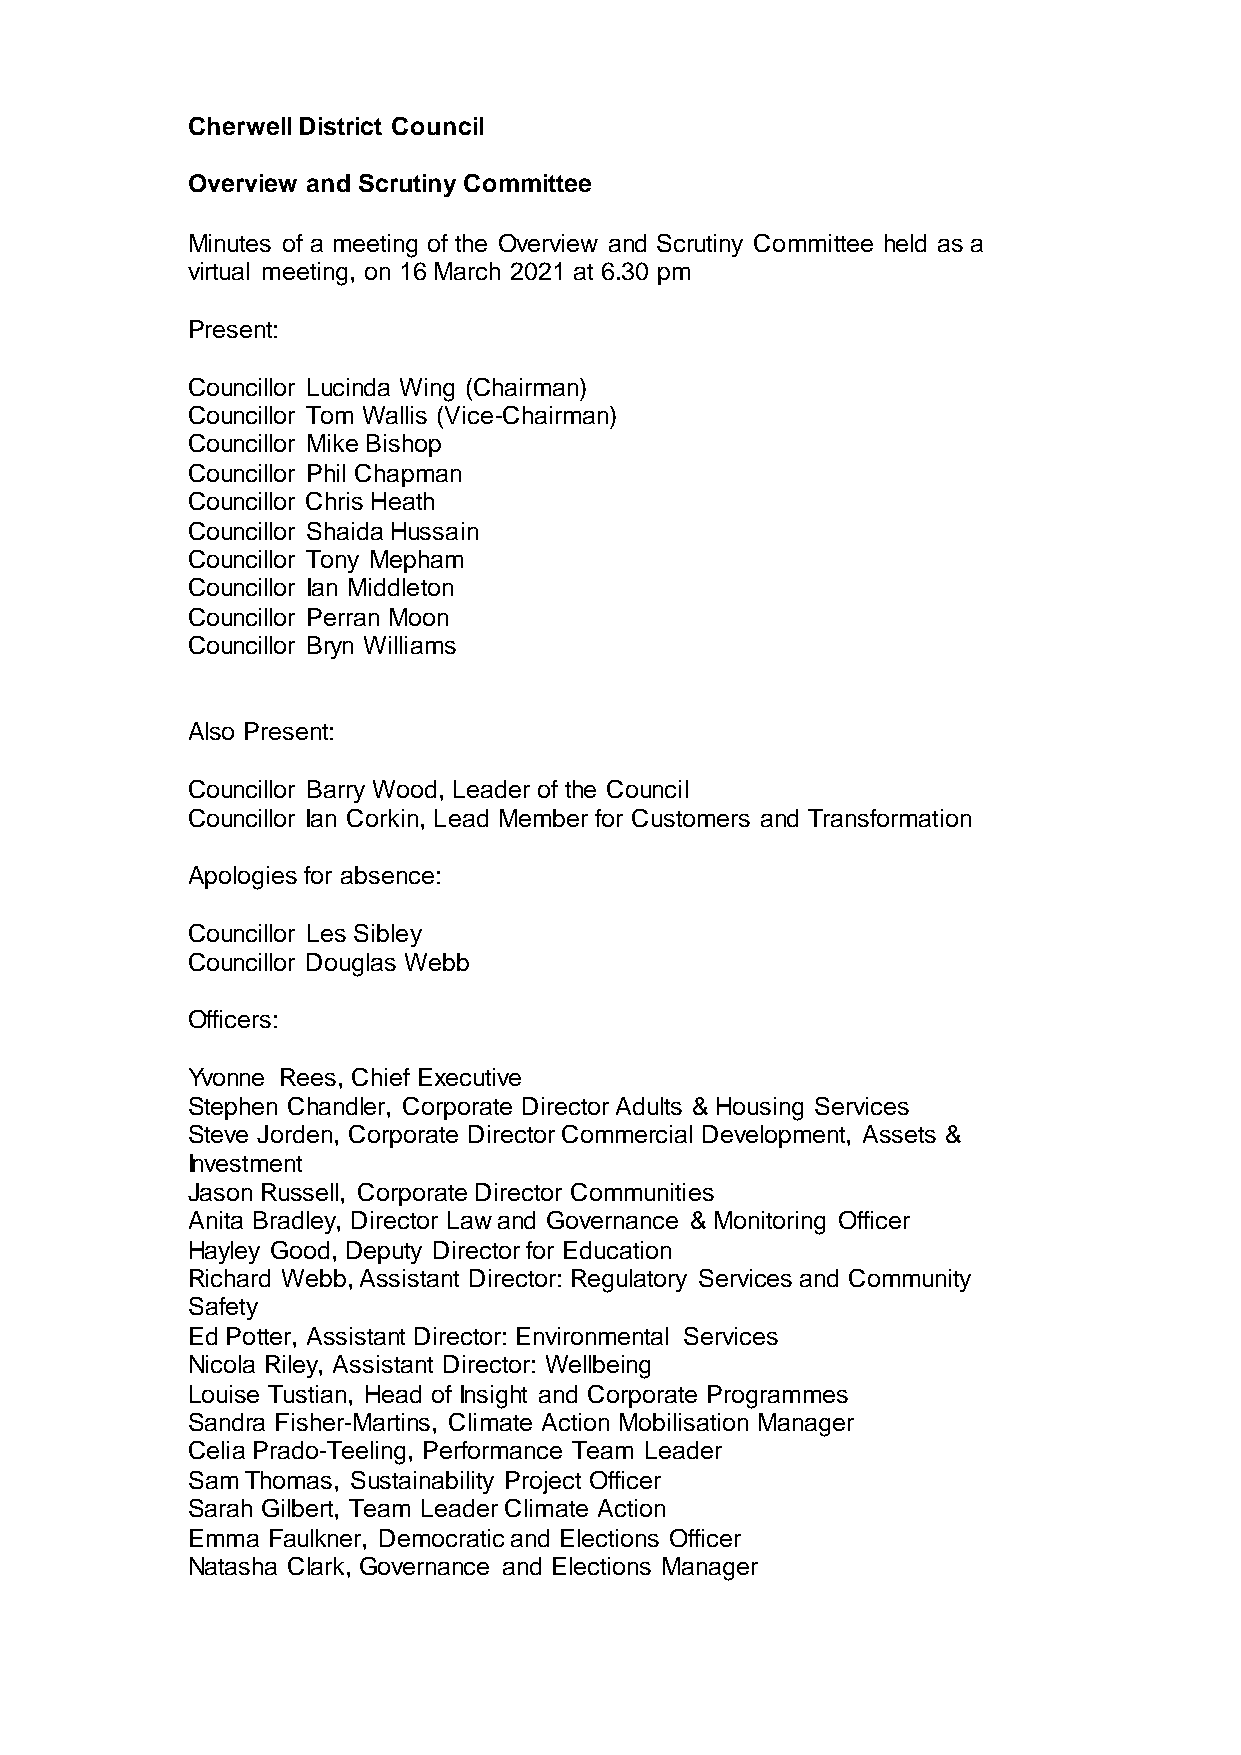
Cherwell District Council
 Overview and Scrutiny Committee
 Minutes of a meeting of the Overview and Scrutiny Committee held as a
 virtual meeting, on 16 March 2021 at 6.30 pm
 Present:
 Councillor Lucinda Wing (Chairman)
 Councillor Tom Wallis (Vice-Chairman)
 Councillor Mike Bishop
 Councillor Phil Chapman
 Councillor Chris Heath
 Councillor Shaida Hussain
 Councillor Tony Mepham
 Councillor Ian Middleton
 Councillor Perran Moon
 Councillor Bryn Williams
 Also Present:
 Councillor Barry Wood, Leader of the Council
 Councillor Ian Corkin, Lead Member for Customers and Transformation
 Apologies for absence:
 Councillor Les Sibley
 Councillor Douglas Webb
 Officers:
 Yvonne Rees, Chief Executive
 Stephen Chandler, Corporate Director Adults & Housing Services
 Steve Jorden, Corporate Director Commercial Development, Assets &
 Investment
 Jason Russell, Corporate Director Communities
 Anita Bradley, Director Law and Governance & Monitoring Officer
 Hayley Good, Deputy Director for Education
 Richard Webb, Assistant Director: Regulatory Services and Community
 Safety
 Ed Potter, Assistant Director: Environmental Services
 Nicola Riley, Assistant Director: Wellbeing
 Louise Tustian, Head of Insight and Corporate Programmes
 Sandra Fisher-Martins, Climate Action Mobilisation Manager
 Celia Prado-Teeling, Performance Team Leader
 Sam Thomas, Sustainability Project Officer
 Sarah Gilbert, Team Leader Climate Action
 Emma  Faulkner, Democratic and Elections Officer
 Natasha Clark, Governance and Elections Manager